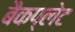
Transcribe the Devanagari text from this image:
बैकप्लेट